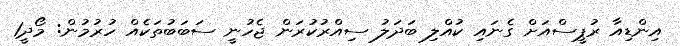
އިންޑިއާ ރުޕީސްއަށް ގެނައި ކުއްލި ބަދަލު ސިއްރުކުރަން ޖެހުނީ ސަބަބުތަކެއް ހުރުމުން: މޯދީ1